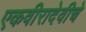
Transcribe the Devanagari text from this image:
एकवीरादेवीचे